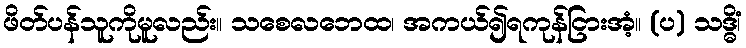
ဖိတ်ပန်သူကိုမူလည်း။ သစေလဘေထ၊ အကယ်၍ရကုန်ငြားအံ့။ (ပ) သဒ္ဓိံ၊